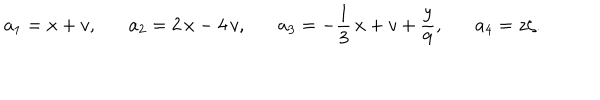
a _ { 1 } = x + v , \, \, \, \, \, \, \, \, \, \, a _ { 2 } = 2 \, x - 4 \, v , \, \, \, \, \, \, \, \, \, \, a _ { 3 } = - \frac { 1 } { 3 } \, x + v + \frac { y } { 9 } , \, \, \, \, \, \, \, \, \, \, a _ { 4 } = z \zeta .